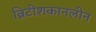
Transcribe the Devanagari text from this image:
ब्रिटीशकानलीन